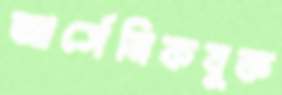
আর্সেনিকযুক্ত